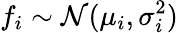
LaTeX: f_{i}\sim{\cal N}(\mu_{i},\sigma_{i}^{2})